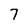
Character: 7